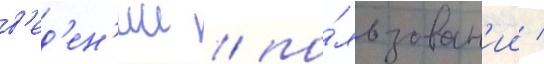
в'ед'ен'ии / по́льзован'ии /